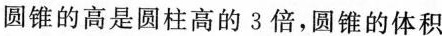
圆锥的高是圆柱高的3倍，圆锥的体积